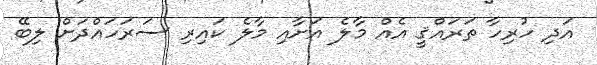
އަދި ހުރިހާ ތަރައްޤީ އެއް މާލެ އަށާއި މާލެ ކައިރި ސަރަހައްދަށް ލިބޭ